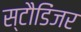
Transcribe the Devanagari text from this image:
स्टौडिंजर